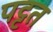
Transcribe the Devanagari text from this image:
पट्टत